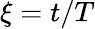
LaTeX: \xi=t/T